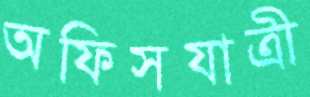
অফিসযাত্রী